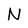
Character: N